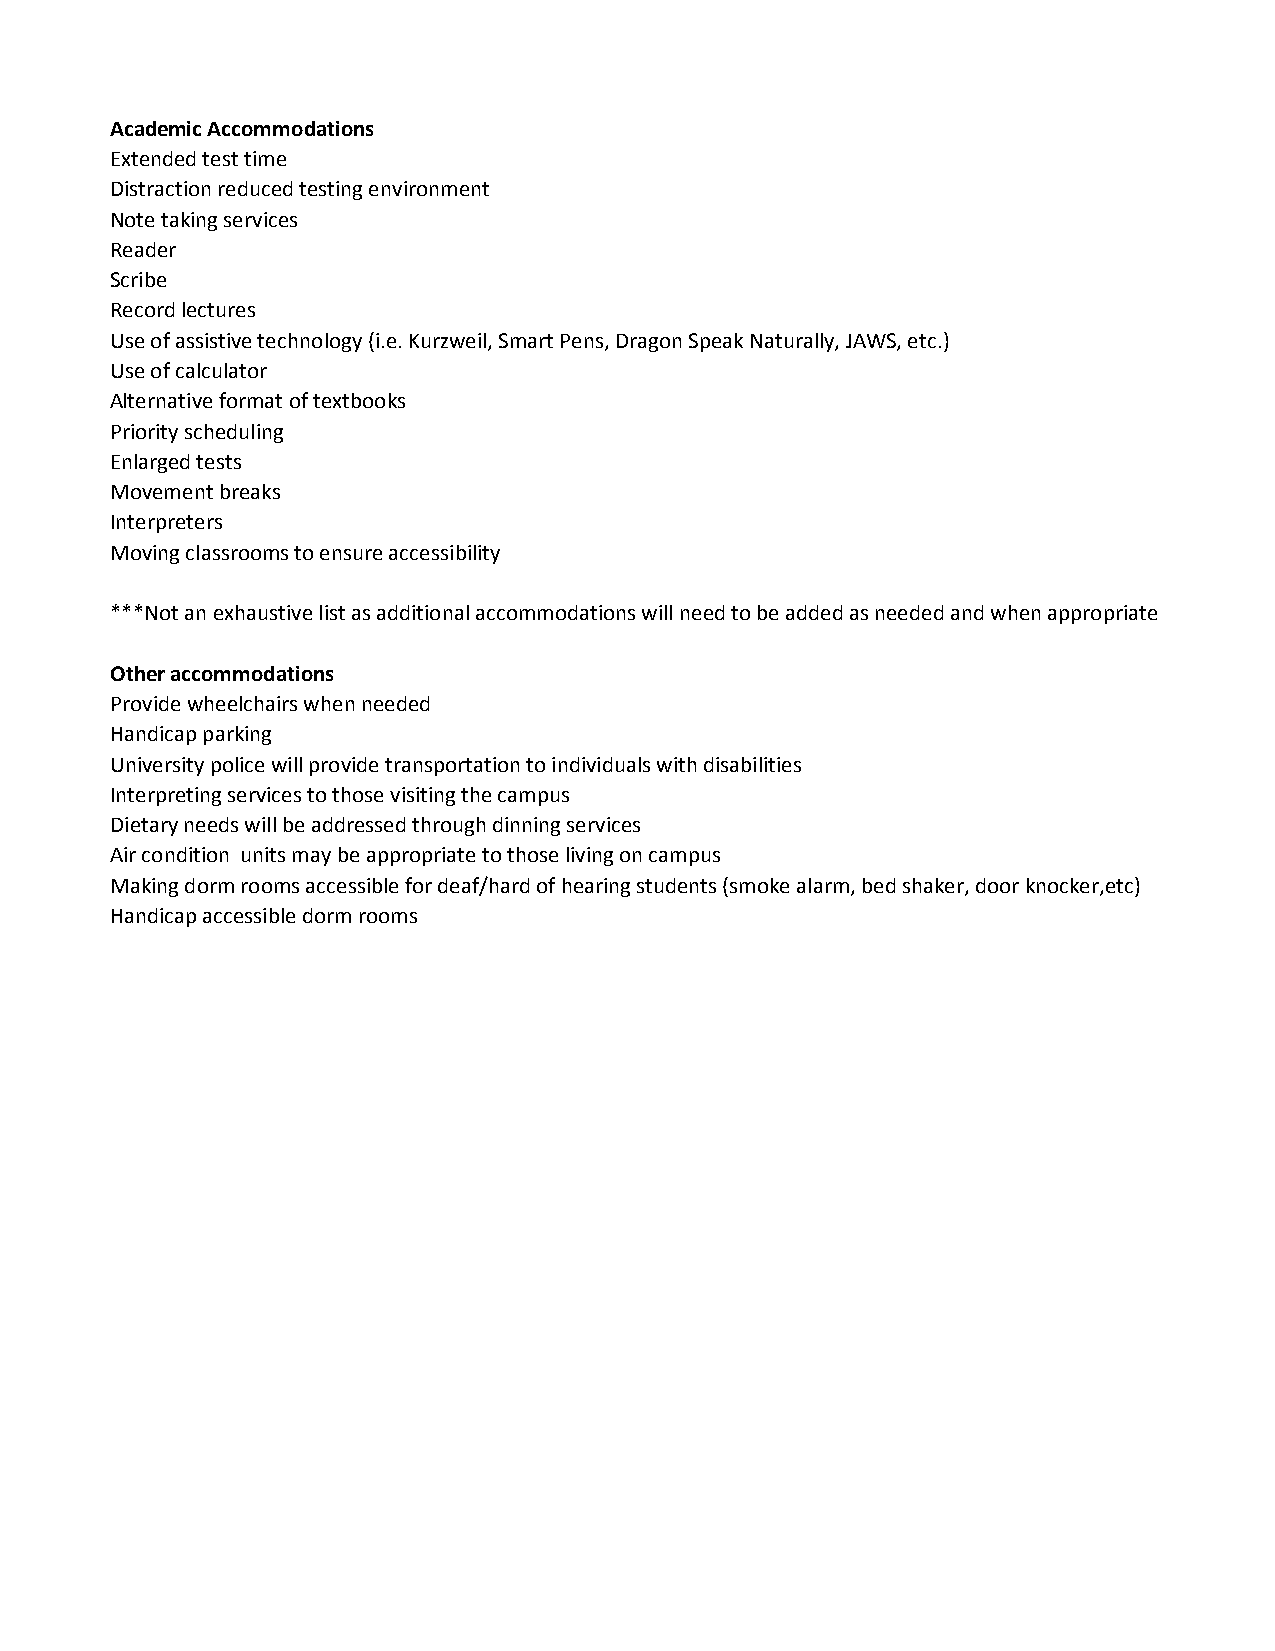
Academic Accommodations
 Extended test time
 Distraction reduced testing environment
 Note taking services
 Reader
 Scribe
 Record lectures
 Use of assistive technology (i.e. Kurzweil, Smart Pens, Dragon Speak Naturally, JAWS, etc.)
 Use of calculator
 Alternative format of textbooks
 Priority scheduling
 Enlarged tests
 Movement breaks
 Interpreters
 Moving classrooms to ensure accessibility
 ***Not an exhaustive list as additional accommodations will need to be added as needed and when appropriate
 Other accommodations
 Provide wheelchairs when needed
 Handicap parking
 University police will provide transportation to individuals with disabilities
 Interpreting services to those visiting the campus
 Dietary needs will be addressed through dinning services
 Air condition units may be appropriate to those living on campus
 Making dorm rooms accessible for deaf/hard of hearing students (smoke alarm, bed shaker, door knocker,etc)
 Handicap accessible dorm rooms